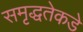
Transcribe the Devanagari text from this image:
समृद्धतेकडे